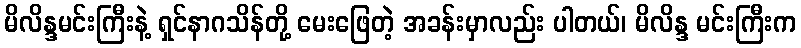
မိလိန္ဒမင်းကြီးနဲ့ ရှင်နာဂသိန်တို့ မေးဖြေတဲ့ အခန်းမှာလည်း ပါတယ်၊ မိလိန္ဒ မင်းကြီးက